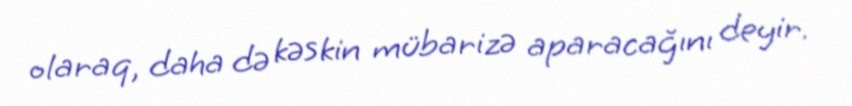
olaraq, daha də kəskin mübarizə aparacağını deyir.